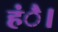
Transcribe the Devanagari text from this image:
हंै।